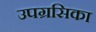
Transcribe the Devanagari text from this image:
उपग्रसिका